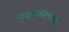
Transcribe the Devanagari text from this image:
पृथक्करणाची